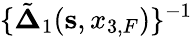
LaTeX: \{ \tilde{\mathbf\Delta}_{1}({{\mathbf s}},x_{3,F})\} ^{-1}